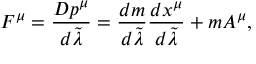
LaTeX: F ^ { \mu } = { \frac { D p ^ { \mu } } { d \tilde { \lambda } } } = { \frac { d m } { d \tilde { \lambda } } } { \frac { d x ^ { \mu } } { d \tilde { \lambda } } } + m A ^ { \mu } ,